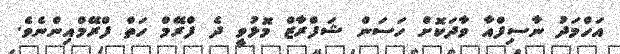
އަހްމަދު ނާސިފްއާ ވާދަކޮށް ހަސަން ޝަފްރާޒް މޮޅުވީ ދެ ފްރޭމް ހަތް ފްރޭމްއިންނެވެ.